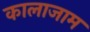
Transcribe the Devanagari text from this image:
कालाजाम